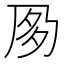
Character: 㚉